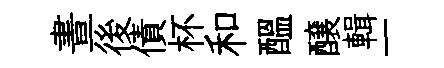
晝後債杯和醖醸輯一